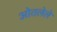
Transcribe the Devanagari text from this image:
ओतलेले